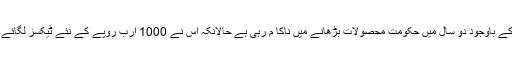
اس کے باوجود دو سال میں حکومت محصولات بڑھانے میں ناکا م رہی ہے حالانکہ اس نے 1000 ارب روپے کے نئے ٹیکسز لگائے ہیں۔